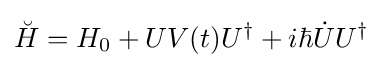
{\breve {H}}=H_{0}+UV(t)U^{\dagger }+i\hbar {\dot {U}}U^{\dagger }